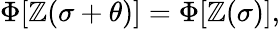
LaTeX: \Phi[\mathbb{Z}(\sigma+\theta)]=\Phi[\mathbb{Z}(\sigma)],